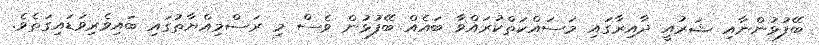
ބޭފުޅުންނާއި ޝަރުއީ ދާއިރާގައި މަސައްކަތްކުރައްވާ ބައެއް ބޭފުޅުން ވެސް މި ރަސްމިއްޔާތުގައި ބައިވެރިވަޑައިގަތެވެ.